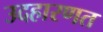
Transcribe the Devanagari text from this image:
उदहारणत